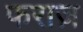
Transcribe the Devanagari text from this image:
फराज़